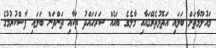
މައުލޫމާތަށް ބަލައި އަތޮޅުތެރޭގައާއި މާލެގެ ބައެއް ސަރަހައްދު ތަކާއި ތަންތަން ބަލައި ފާސްކުރުމުގެ